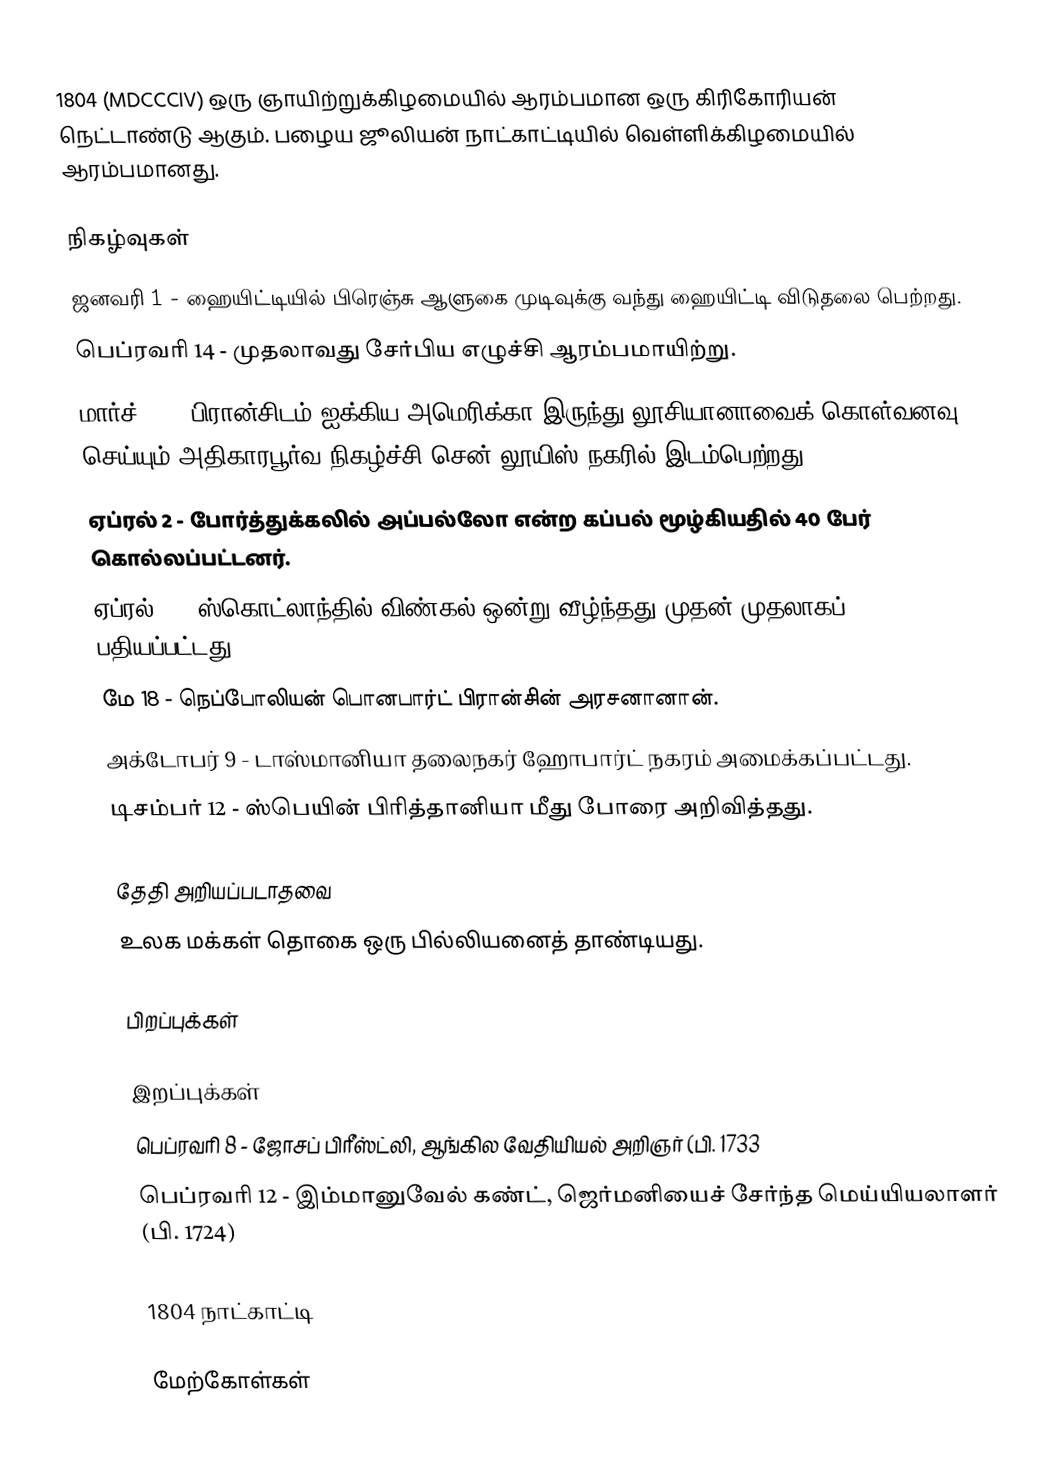
1804  (MDCCCIV) ஒரு ஞாயிற்றுக்கிழமையில் ஆரம்பமான ஒரு கிரிகோரியன் நெட்டாண்டு ஆகும். பழைய ஜூலியன் நாட்காட்டியில் வெள்ளிக்கிழமையில் ஆரம்பமானது.

நிகழ்வுகள்
 ஜனவரி 1 - ஹையிட்டியில் பிரெஞ்சு ஆளுகை முடிவுக்கு வந்து ஹையிட்டி விடுதலை பெற்றது.
 பெப்ரவரி 14 - முதலாவது சேர்பிய எழுச்சி ஆரம்பமாயிற்று.
 மார்ச் 10 - பிரான்சிடம் ஐக்கிய அமெரிக்கா இருந்து லூசியானாவைக் கொள்வனவு செய்யும் அதிகாரபூர்வ நிகழ்ச்சி சென் லூயிஸ் நகரில் இடம்பெற்றது.
 ஏப்ரல் 2 - போர்த்துக்கலில் அப்பல்லோ என்ற கப்பல் மூழ்கியதில் 40 பேர் கொல்லப்பட்டனர்.
 ஏப்ரல் 5 - ஸ்கொட்லாந்தில் விண்கல் ஒன்று வீழ்ந்தது முதன் முதலாகப் பதியப்பட்டது.
 மே 18 - நெப்போலியன் பொனபார்ட் பிரான்சின் அரசனானான்.
 அக்டோபர் 9 - டாஸ்மானியா தலைநகர் ஹோபார்ட் நகரம் அமைக்கப்பட்டது.
 டிசம்பர் 12 - ஸ்பெயின் பிரித்தானியா மீது போரை அறிவித்தது.

தேதி அறியப்படாதவை
 உலக மக்கள் தொகை ஒரு பில்லியனைத் தாண்டியது.

பிறப்புக்கள்

இறப்புக்கள்
 பெப்ரவரி 8 - ஜோசப் பிரீஸ்ட்லி, ஆங்கில வேதியியல் அறிஞர் (பி. 1733
 பெப்ரவரி 12 - இம்மானுவேல் கண்ட், ஜெர்மனியைச் சேர்ந்த மெய்யியலாளர் (பி. 1724)

1804 நாட்காட்டி

மேற்கோள்கள்